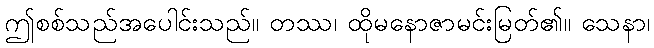
ဤစစ်သည်အပေါင်းသည်။ တဿ၊ ထိုမနောဇာမင်းမြတ်၏။ သေနာ၊